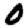
Digit: 0